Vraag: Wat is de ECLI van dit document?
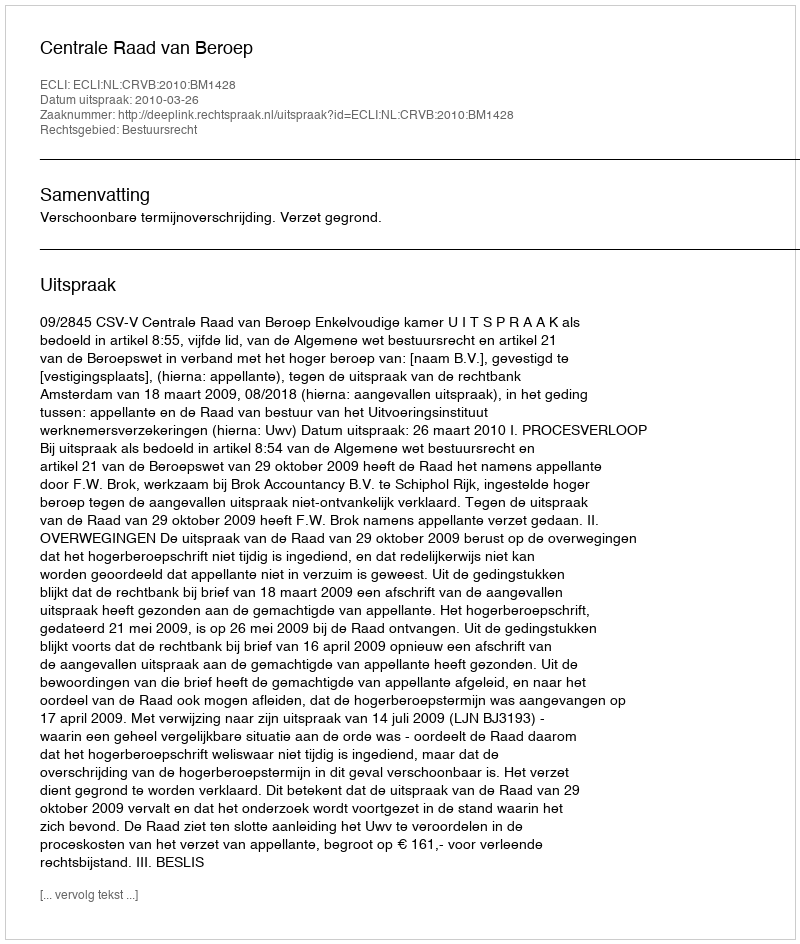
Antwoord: ECLI:NL:CRVB:2010:BM1428